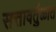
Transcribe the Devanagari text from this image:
सत्तावर्तुळात